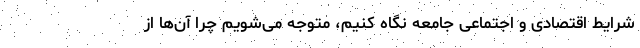
شرایط اقتصادی و اجتماعی جامعه نگاه کنیم، متوجه می‌شویم چرا آن‌ها از